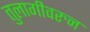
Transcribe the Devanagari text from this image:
तुलागीवरुन